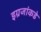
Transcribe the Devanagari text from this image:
इग्रजांकडे